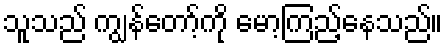
သူသည် ကျွန်တော့်ကို မော့ကြည့်နေသည်။